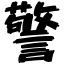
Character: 警